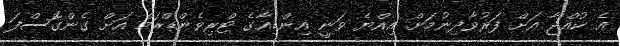
އެ ކުއްޖާ އަށް ފަރުވާދިނުމަށް އިއްޔެ ވަނީ އިންޑިއާގެ ޓްރިވެންޑްރަމް އަށް ގެންގޮސްފަ